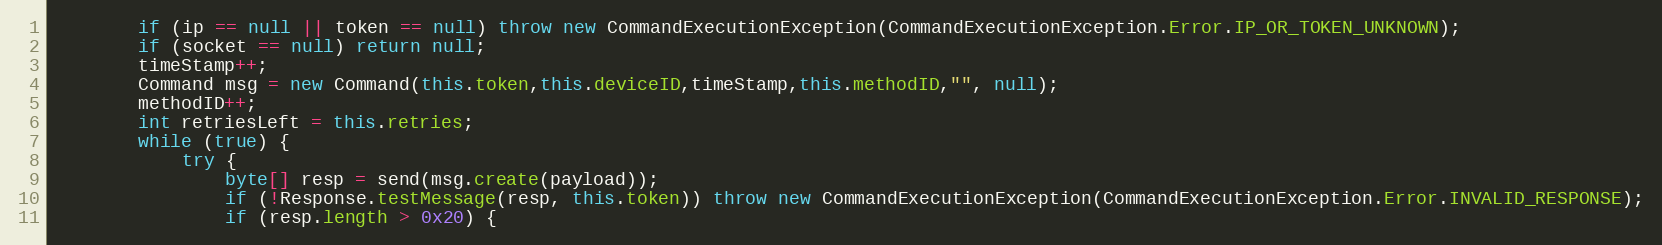
Language: Java
        if (ip == null || token == null) throw new CommandExecutionException(CommandExecutionException.Error.IP_OR_TOKEN_UNKNOWN);
        if (socket == null) return null;
        timeStamp++;
        Command msg = new Command(this.token,this.deviceID,timeStamp,this.methodID,"", null);
        methodID++;
        int retriesLeft = this.retries;
        while (true) {
            try {
                byte[] resp = send(msg.create(payload));
                if (!Response.testMessage(resp, this.token)) throw new CommandExecutionException(CommandExecutionException.Error.INVALID_RESPONSE);
                if (resp.length > 0x20) {